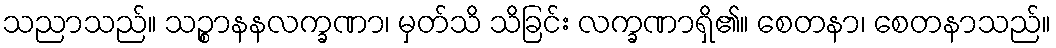
သညာသည်။ သဉ္စာနနလက္ခဏာ၊ မှတ်သိ သိခြင်း လက္ခဏာရှိ၏။ စေတနာ၊ စေတနာသည်။